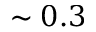
\sim 0 . 3